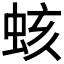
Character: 𧊏